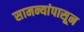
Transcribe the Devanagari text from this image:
सामन्यांपासून